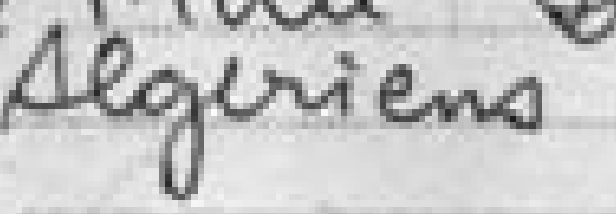
Algeriens